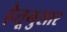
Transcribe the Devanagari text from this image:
हेतूनुसार